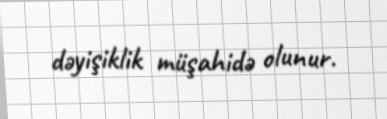
dəyişiklik müşahidə olunur.